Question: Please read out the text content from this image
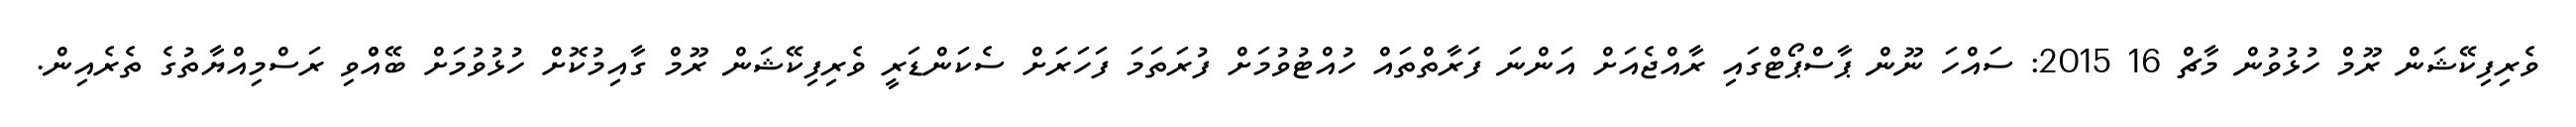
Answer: ވެރިފިކޭޝަން ރޫމް ހުޅުވުން މާޗް 16 2015: ސައްހަ ނޫން ޕާސްޕޯޓްގައި ރާއްޖެއަށް އަންނަ ފަރާތްތައް ހުއްޓުވުމަށް ފުރަތަމަ ފަހަރަށް ސެކަންޑަރީ ވެރިފިކޭޝަން ރޫމް ގާއިމުކޮށް ހުޅުވުމަށް ބޭއްްވި ރަސްމިއްޔާތުގެ ތެރެއިން.